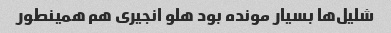
شلیل‌ها بسیار مونده بود هلو انجیری هم همینطور